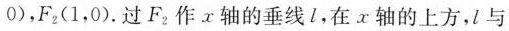
0)，F_{2}(1，0).过F_{2}作x轴的垂线l，在x轴的上方，l与